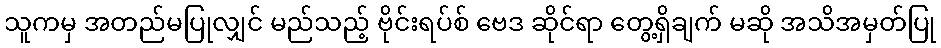
သူကမှ အတည်မပြုလျှင် မည်သည့် ဗိုင်းရပ်စ် ဗေဒ ဆိုင်ရာ တွေ့ရှိချက် မဆို အသိအမှတ်ပြု